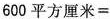
$$6 0 0 平 方 厘 米 =